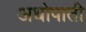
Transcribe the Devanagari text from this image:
अधोपाती